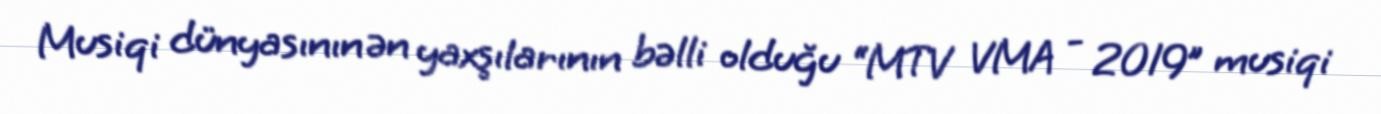
Musiqi dünyasının ən yaxşılarının bəlli olduğu “MTV VMA - 2019” musiqi